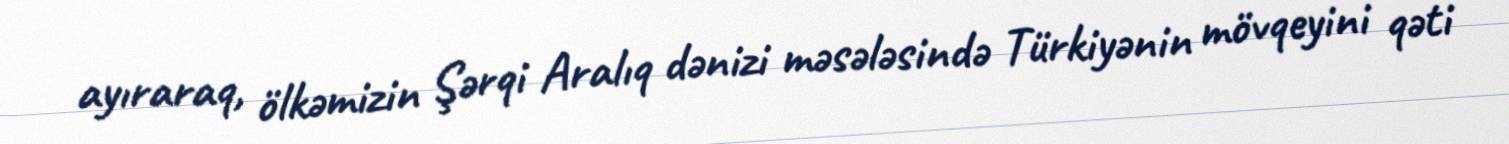
ayıraraq, ölkəmizin Şərqi Aralıq dənizi məsələsində Türkiyənin mövqeyini qəti